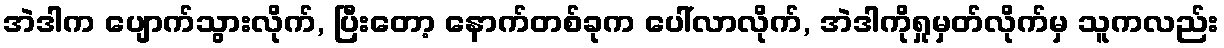
အဲဒါက ပျောက်သွားလိုက်, ပြီးတော့ နောက်တစ်ခုက ပေါ်လာလိုက်, အဲဒါကိုရှုမှတ်လိုက်မှ သူကလည်း